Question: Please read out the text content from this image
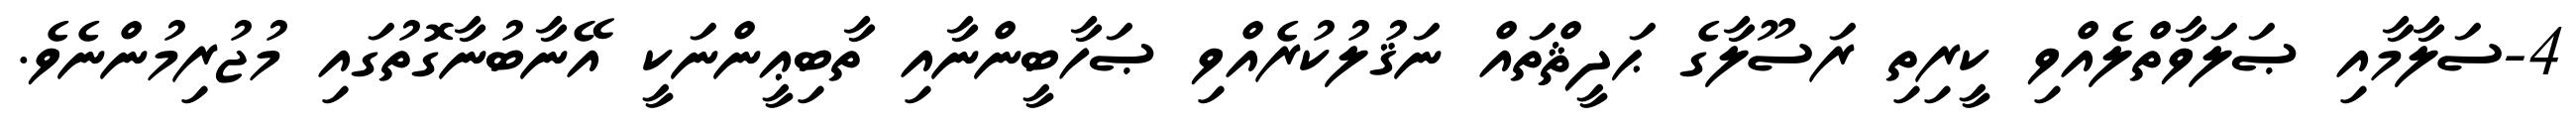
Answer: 4-ސަލާމާއި ޞަލަވާތްލެއްވި ކީރިތި ރަސޫލާގެ ޙަދީޘްތައް ނަޤުލުކުރެއްވި ޞަހާބީންނާއި ތާބިޢީންނަކީ އޭނާބުނާގޮތުގައި މުޖުރިމުންނެވެ.